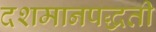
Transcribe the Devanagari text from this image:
दशमानपद्धती